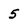
Character: 5